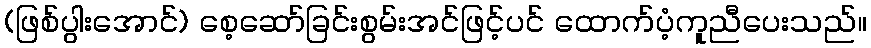
(ဖြစ်ပွါးအောင်) စေ့ဆော်ခြင်းစွမ်းအင်ဖြင့်ပင် ထောက်ပံ့ကူညီပေးသည်။